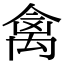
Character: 禽